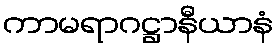
ကာမရာဂဋ္ဌာနီယာနံ